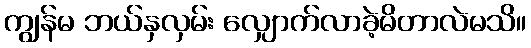
ကျွန်မ ဘယ်နှလှမ်း လျှောက်လာခဲ့မိတာလဲမသိ။